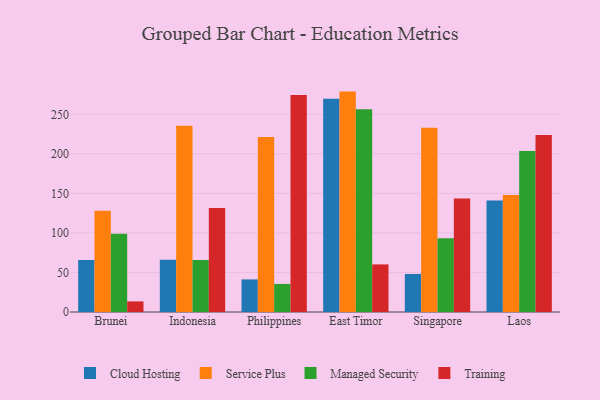
{"axis": {"x": "Country", "y": "Humidity (%)"}, "legend": ["Cloud Hosting", "Managed Security", "Service Plus", "Training"], "data": [{"x": "Brunei", "y": 65.7, "type": "Cloud Hosting"}, {"x": "Brunei", "y": 127.9, "type": "Service Plus"}, {"x": "Brunei", "y": 99.0, "type": "Managed Security"}, {"x": "Brunei", "y": 13.4, "type": "Training"}, {"x": "Indonesia", "y": 66.2, "type": "Cloud Hosting"}, {"x": "Indonesia", "y": 235.4, "type": "Service Plus"}, {"x": "Indonesia", "y": 65.6, "type": "Managed Security"}, {"x": "Indonesia", "y": 131.4, "type": "Training"}, {"x": "Philippines", "y": 41.2, "type": "Cloud Hosting"}, {"x": "Philippines", "y": 221.2, "type": "Service Plus"}, {"x": "Philippines", "y": 35.5, "type": "Managed Security"}, {"x": "Philippines", "y": 274.5, "type": "Training"}, {"x": "East Timor", "y": 269.8, "type": "Cloud Hosting"}, {"x": "East Timor", "y": 278.7, "type": "Service Plus"}, {"x": "East Timor", "y": 256.3, "type": "Managed Security"}, {"x": "East Timor", "y": 60.2, "type": "Training"}, {"x": "Singapore", "y": 48.1, "type": "Cloud Hosting"}, {"x": "Singapore", "y": 233.1, "type": "Service Plus"}, {"x": "Singapore", "y": 93.2, "type": "Managed Security"}, {"x": "Singapore", "y": 143.5, "type": "Training"}, {"x": "Laos", "y": 141.0, "type": "Cloud Hosting"}, {"x": "Laos", "y": 148.0, "type": "Service Plus"}, {"x": "Laos", "y": 203.5, "type": "Managed Security"}, {"x": "Laos", "y": 223.9, "type": "Training"}]}